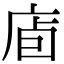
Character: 𢈞